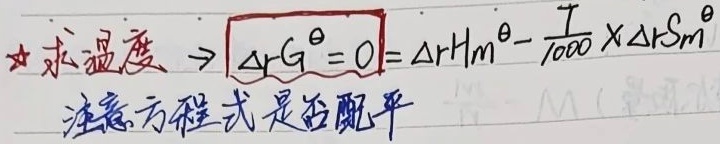
★求温度 \(\to \boxed{\Delta_{r}G^{\theta}=0}=\Delta_{r}H_{m}^{\theta}-\frac{T}{1000}\times\Delta_{r}S_{m}^{\theta}\)注意方程式是否配平